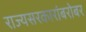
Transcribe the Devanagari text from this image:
राज्यसरकारांबरोबर